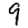
Digit: 9